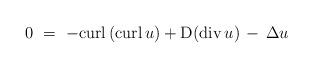
LaTeX: \begin{align*}0\ =\ - {\rm curl} \left( {\rm curl}\,u \right) +{\rm D}({\rm div} \,u) \,-\, \Delta u\end{align*}